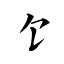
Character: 饣